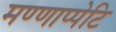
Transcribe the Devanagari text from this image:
मण्णाप्पेटि